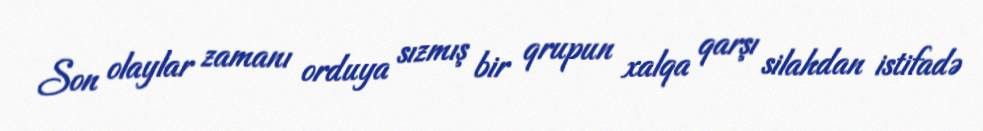
Son olaylar zamanı orduya sızmış bir qrupun xalqa qarşı silahdan istifadə